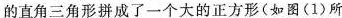
的直角三角形拼成了一个大的正方形(如图(1)所